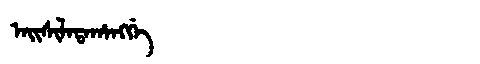
Manchu: ᠠᡳᠰᡳᠯᠠᡨᠠᡥᠠᠩᡤᡝ
Romanization: AISILATAHANGGE